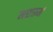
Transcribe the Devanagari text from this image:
मशरूमं